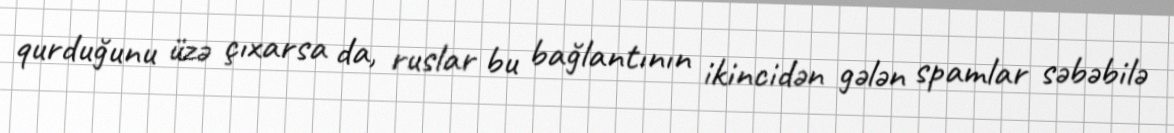
qurduğunu üzə çıxarsa da, ruslar bu bağlantının ikincidən gələn spamlar səbəbilə